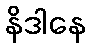
နိဒါနေ